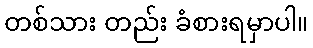
တစ်သား တည်း ခံစားရမှာပါ။